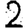
Digit: 2